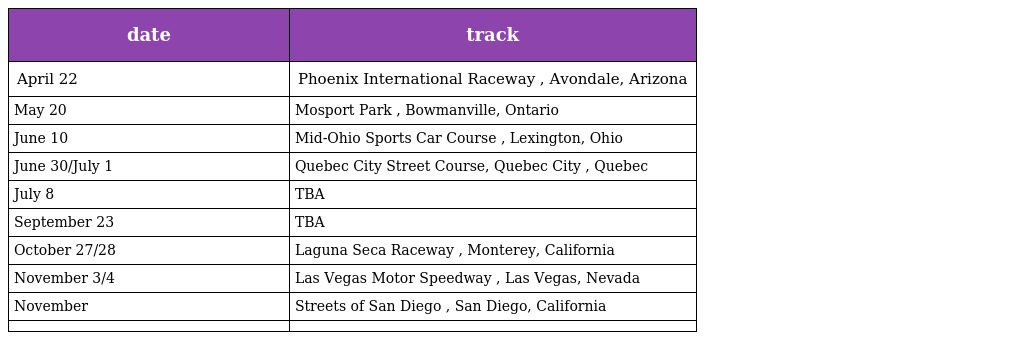
| date | track |
 | --- | --- |
 | April 22 | Phoenix International Raceway , Avondale, Arizona |
 | May 20 | Mosport Park , Bowmanville, Ontario |
 | June 10 | Mid-Ohio Sports Car Course , Lexington, Ohio |
 | June 30/July 1 | Quebec City Street Course, Quebec City , Quebec |
 | July 8 | TBA |
 | September 23 | TBA |
 | October 27/28 | Laguna Seca Raceway , Monterey, California |
 | November 3/4 | Las Vegas Motor Speedway , Las Vegas, Nevada |
 | November | Streets of San Diego , San Diego, California |
 |  |  |